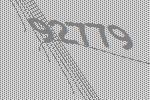
92779